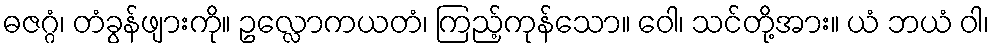
ဓဇဂ္ဂံ၊ တံခွန်ဖျားကို။ ဥလ္လောကယတံ၊ ကြည့်ကုန်သော။ ဝေါ၊ သင်တို့အား။ ယံ ဘယံ ဝါ၊